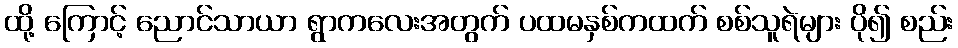
ထို့ ကြောင့် ညောင်သာယာ ရွာကလေးအတွက် ပထမနှစ်ကထက် စစ်သူရဲများ ပို၍ စည်း